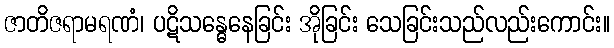
ဇာတိဇရာမရဏံ၊ ပဋိသန္ဓေနေခြင်း အိုခြင်း သေခြင်းသည်လည်းကောင်း။